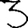
Digit: 3